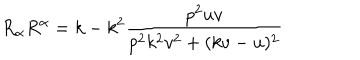
LaTeX: R _ { \alpha } R ^ { \alpha } = k - k ^ { 2 } \frac { p ^ { 2 } u v } { p ^ { 2 } k ^ { 2 } v ^ { 2 } + ( k v - u ) ^ { 2 } }